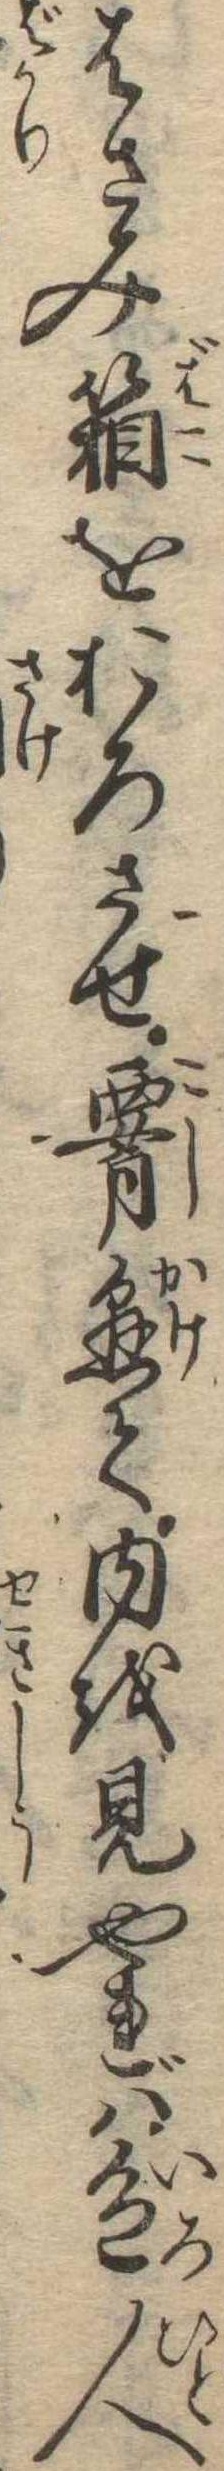
はさみ箱をおろさせ腰懸て内を見やれば色人